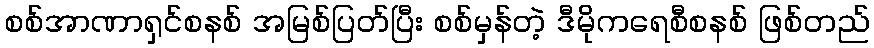
စစ်အာဏာရှင်စနစ် အမြစ်ပြတ်ပြီး စစ်မှန်တဲ့ ဒီမိုကရေစီစနစ် ဖြစ်တည်